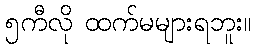
၅ကီလို ထက်မများရဘူး။